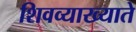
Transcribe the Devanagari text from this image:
शिवव्याख्याते